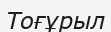
Тоғұрыл